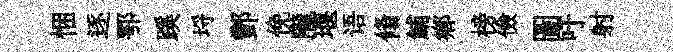
悃逐鄂蹊埓酆俛隴堰语翛鯆鄉榜儉圖吁射